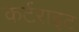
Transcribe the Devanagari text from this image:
कर्टराइट